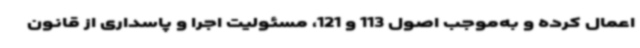
اعمال کرده و به‌موجب اصول 113 و 121، مسئولیت اجرا و پاسداری از قانون